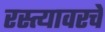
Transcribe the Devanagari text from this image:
रस्त्यावरचे